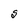
Character: g